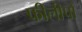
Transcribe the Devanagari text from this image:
फीलीपो